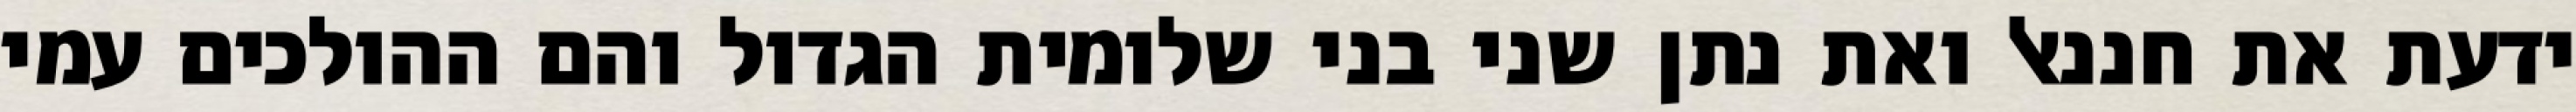
ידעת את חננאל ואת נתן שני בני שלומית הגדול והם ההולכים עמי